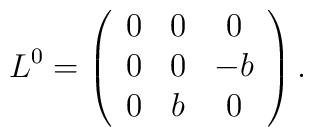
L^0 =\left(\begin{array}{ccc}0 & 0 & 0 \\0 & 0 &-b \\0 & b & 0\end{array}\right).